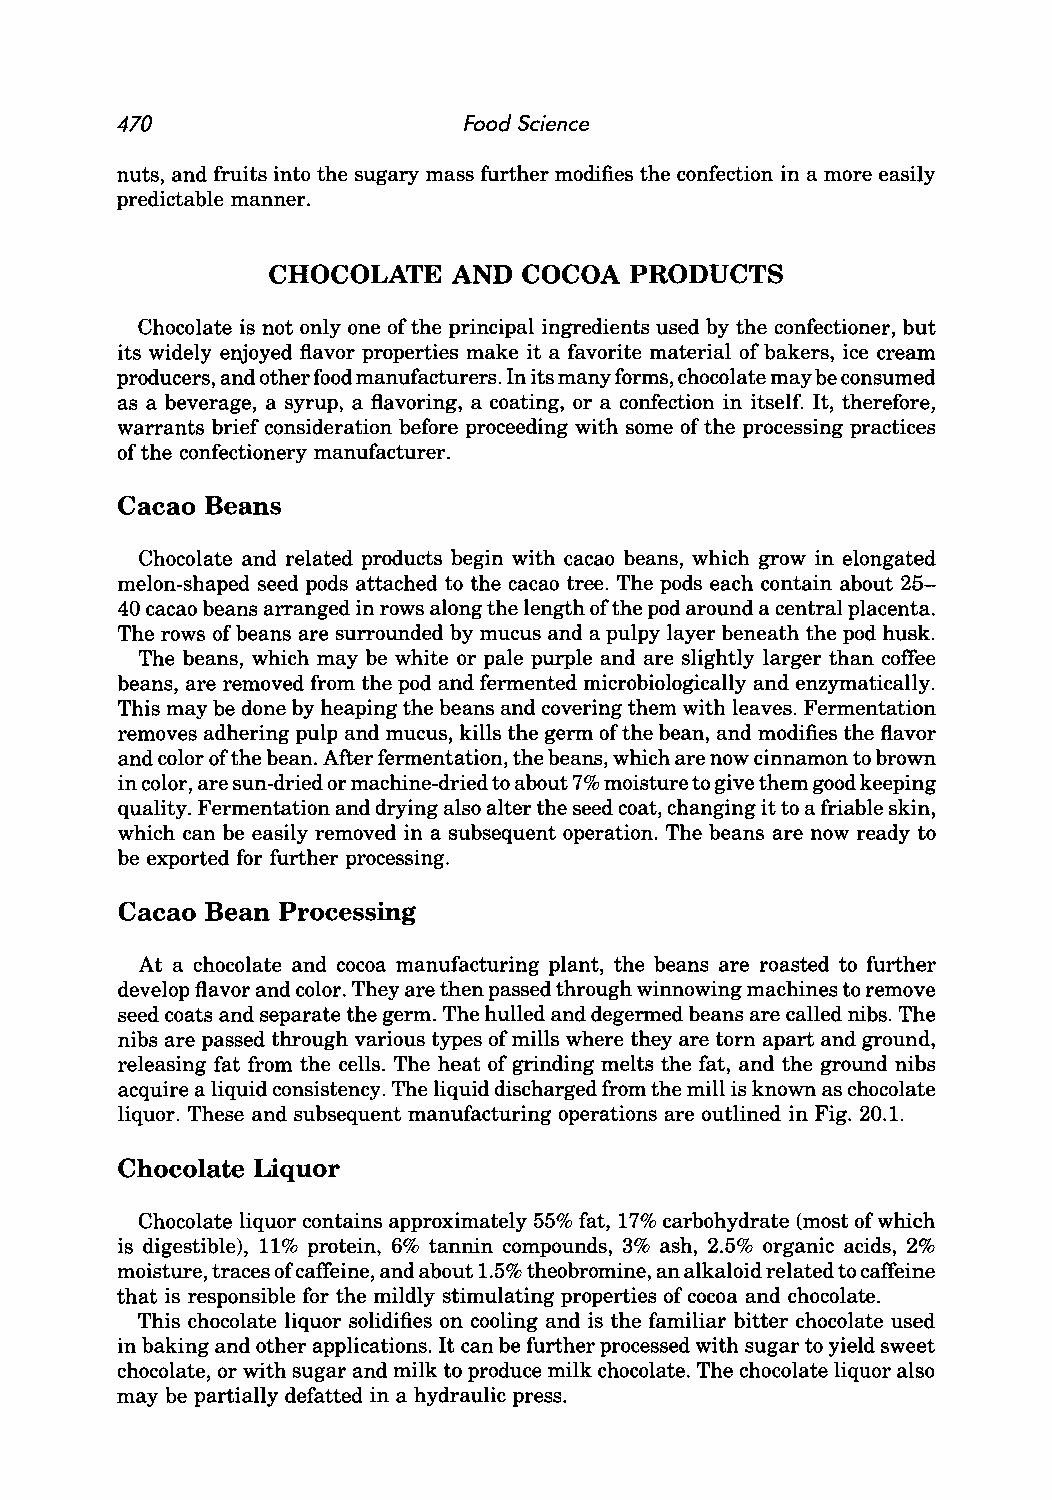
470                    Food Science
 nuts, and fruits into the sugary mass further modifies the confection in a more easily
 predictable manner.
 CHOCOLATE   AND  COCOA  PRODUCTS
 Chocolate is not only one of the principal ingredients used by the confectioner, but
 its widely enjoyed flavor properties make it a favorite material of bakers, ice cream
 producers, and other food manufacturers. In its many forms, chocolate may be consumed
 as a beverage, a syrup, a flavoring, a coating, or a confection in itself. It, therefore,
 warrants brief consideration before proceeding with some of the processing practices
 of the confectionery manufacturer.
 Cacao Beans
 Chocolate and related products begin with cacao beans, which grow in elongated
 melon-shaped seed pods attached to the cacao tree. The pods each contain about 25-
 40 cacao beans arranged in rows along the length of the pod around a central placenta.
 The rows of beans are surrounded by mucus and a pulpy layer beneath the pod husk.
 The beans, which may be white or pale purple and are slightly larger than coffee
 beans, are removed from the pod and fermented microbiologically and enzymatically.
 This may be done by heaping the beans and covering them with leaves. Fermentation
 removes adhering pulp and mucus, kills the germ of the bean, and modifies the flavor
 and color of the bean. After fermentation, the beans, which are now cinnamon to brown
 in color, are sun-dried or machine-dried to about 7% moisture to give them good keeping
 quality. Fermentation and drying also alter the seed coat, changing it to a friable skin,
 which can be easily removed in a subsequent operation. The beans are now ready to
 be exported for further processing.
 Cacao Bean Processing
 At a chocolate and cocoa manufacturing plant, the beans are roasted to further
 develop flavor and color. They are then passed through winnowing machines to remove
 seed coats and separate the germ. The hulled and degermed beans are called nibs. The
 nibs are passed through various types of mills where they are tom apart and ground,
 releasing fat from the cells. The heat of grinding melts the fat, and the ground nibs
 acquire a liquid consistency. The liquid discharged from the mill is known as chocolate
 liquor. These and subsequent manufacturing operations are outlined in Fig. 20.1.
 Chocolate Liquor
 Chocolate liquor contains approximately 55% fat, 17% carbohydrate (most of which
 is digestible), 11% protein, 6% tannin compounds, 3% ash, 2.5% organic acids, 2%
 moisture, traces of caffeine, and about 1.5% theobromine, an alkaloid related to caffeine
 that is responsible for the mildly stimulating properties of cocoa and chocolate.
 This chocolate liquor solidifies on cooling and is the familiar bitter chocolate used
 in baking and other applications. It can be further processed with sugar to yield sweet
 chocolate, or with sugar and milk to produce milk chocolate. The chocolate liquor also
 may be partially defatted in a hydraulic press.